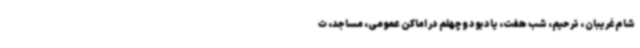
شام غریبان ، ترحیم، شب هفت، یادبود وچهلم در اماکن عمومی، مساجد، ت